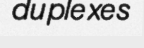
duplexes